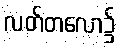
လတ်တလော၌